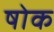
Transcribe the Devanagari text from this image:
षोक